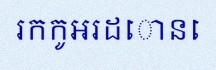
រកកូអរដោនេ